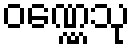
ဝဏ္ဏေသု